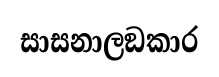
සාසනාලඞකාර